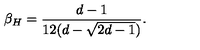
\beta _ { H } = { \frac { d - 1 } { 1 2 ( d - \sqrt { 2 d - 1 } ) } } .